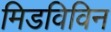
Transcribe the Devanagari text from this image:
मिडविविन